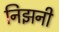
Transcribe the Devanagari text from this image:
निझनी